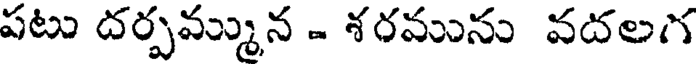
పటు దర్పమ్మున - శరమును వదలగ